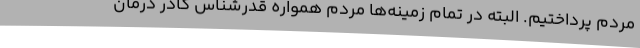
مردم پرداختیم. البته در تمام زمینه‌ها مردم همواره قدرشناس کادر درمان